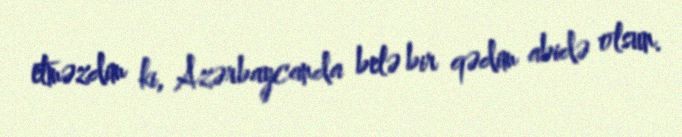
etməzdim ki, Azərbaycanda belə bir qədim abidə olsun.